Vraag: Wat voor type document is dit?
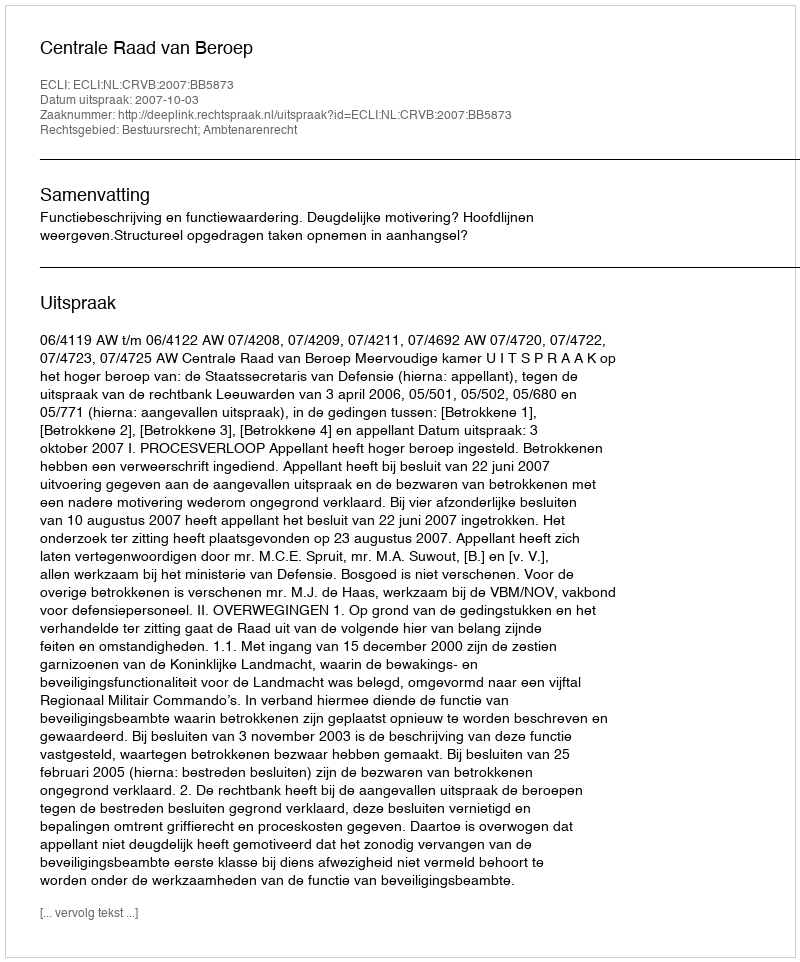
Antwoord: Uitspraak